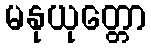
မနုယုတ္တော